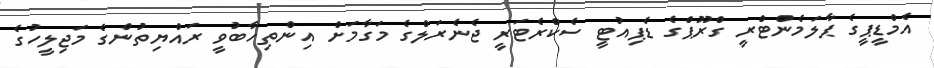
އެމްޑީޕީގެ ޕާލަމެންޓްރީ ގްރޫޕްގެ ޑެޕިއުޓީ ސެކްރެޓަރީ ޖެނެރަލްގެ މަގާމަށް އިންތިހާބުވީ ރައްޔިތުންގެ މަޖިލީހުގެ